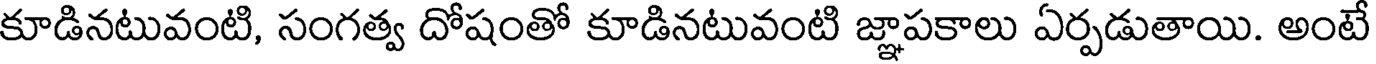
కూడినటువంటి, సంగత్వ దోషంతో కూడినటువంటి జ్ఞాపకాలు ఏర్పడుతాయి. అంటే